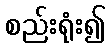
စည်းရုံး၍